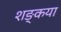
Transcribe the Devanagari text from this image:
शङ्कया